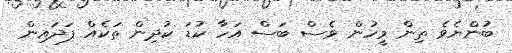
ބުންޔެވެ ތިން މީހުން ވެސް ބަސް އަހާ ކުޑަ ކުދިން ތަކެއް ފަދައިން